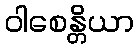
ဝါစေန္တိယာ